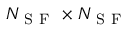
N _ { \mathrm { ~ S ~ F ~ } } \times N _ { \mathrm { ~ S ~ F ~ } }